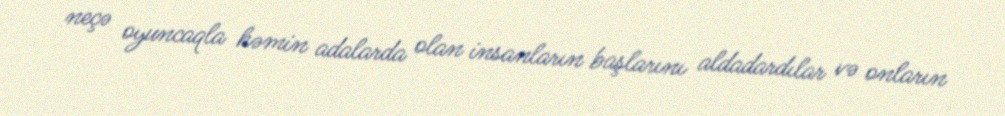
neçə oyuncaqla həmin adalarda olan insanların başlarını aldadardılar və onların